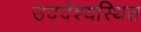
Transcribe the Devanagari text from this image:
उद्देश्यस्थित